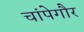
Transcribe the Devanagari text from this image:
चांपेगौर